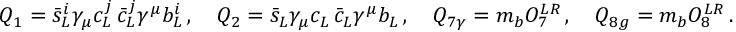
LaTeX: Q _ { 1 } = \bar { s } _ { L } ^ { i } \gamma _ { \mu } c _ { L } ^ { j } \, \bar { c } _ { L } ^ { j } \gamma ^ { \mu } b _ { L } ^ { i } \, , \quad Q _ { 2 } = \bar { s } _ { L } \gamma _ { \mu } c _ { L } \, \bar { c } _ { L } \gamma ^ { \mu } b _ { L } \, , \quad Q _ { 7 \gamma } = m _ { b } O _ { 7 } ^ { L R } \, , \quad Q _ { 8 g } = m _ { b } O _ { 8 } ^ { L R } \, .